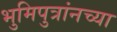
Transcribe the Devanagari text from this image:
भुमिपुत्रांनच्या